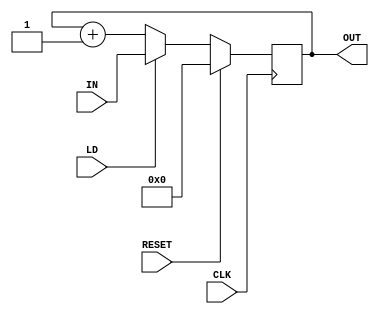
module Counter_4bit(
	input CLK,
	input [3:0]IN,
	input LD,
	input RESET,
	output [3:0]OUT
);

	reg [3:0]Q;
	
	always @ (posedge CLK) begin
		if (RESET) begin
			Q <= 4'b0000;
		end else begin
			if (LD) begin
				Q <= IN;
			end else begin
				Q <= Q + 4'b0001;
			end
		end
	end
	
	assign OUT = Q;
	
endmodule